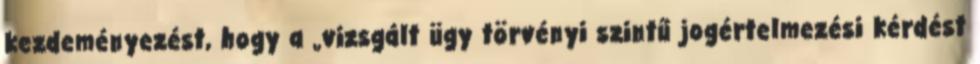
kezdeményezést, hogy a „vizsgált ügy törvényi szintű jogértelmezési kérdést